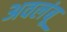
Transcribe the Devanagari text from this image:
अवलंबू